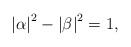
\begin{align*}\left| \alpha \right| ^{2}-\left| \beta \right| ^{2}=1, \end{align*}